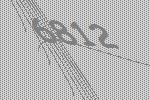
6812